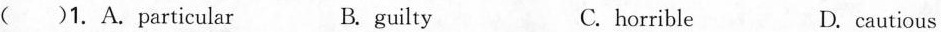
()1.A.particular B.guilty C.horrible D.cautous